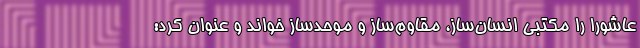
عاشورا را مکتبی انسان‌ساز، مقاوم‌ساز و موحدساز خواند و عنوان کرد: